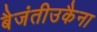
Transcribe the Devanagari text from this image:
बैजंतीउकैना